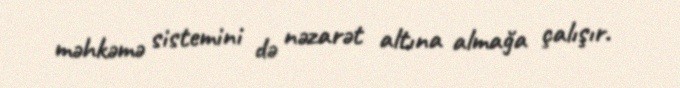
məhkəmə sistemini də nəzarət altına almağa çalışır.